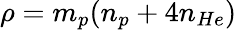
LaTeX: \rho=m_{p}(n_{p}+4n_{He})